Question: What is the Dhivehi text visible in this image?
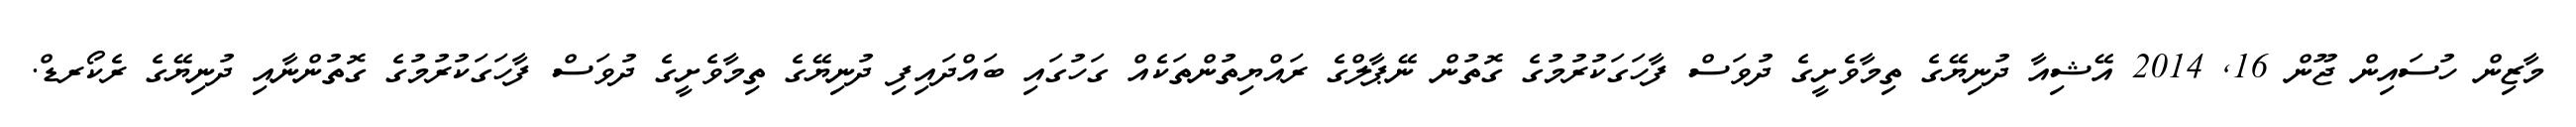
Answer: މާޒިން ހުސައިން ޖޫން 16, 2014 އޭޝިއާ ދުނިޔޭގެ ތިމާވެށީގެ ދުވަސް ފާހަގަކުރުމުގެ ގޮތުން ނޭޕާލްގެ ރައްޔިތުންތަކެއް ގަހުގައި ބައްދައިފި ދުނިޔޭގެ ތިމާވެށީގެ ދުވަސް ފާހަގަކުރުމުގެ ގޮތުންނާއި ދުނިޔޭގެ ރެކޯރޑް.